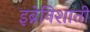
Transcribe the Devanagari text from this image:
इब्नेनिशाती